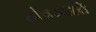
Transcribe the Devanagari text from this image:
अंडरबेली